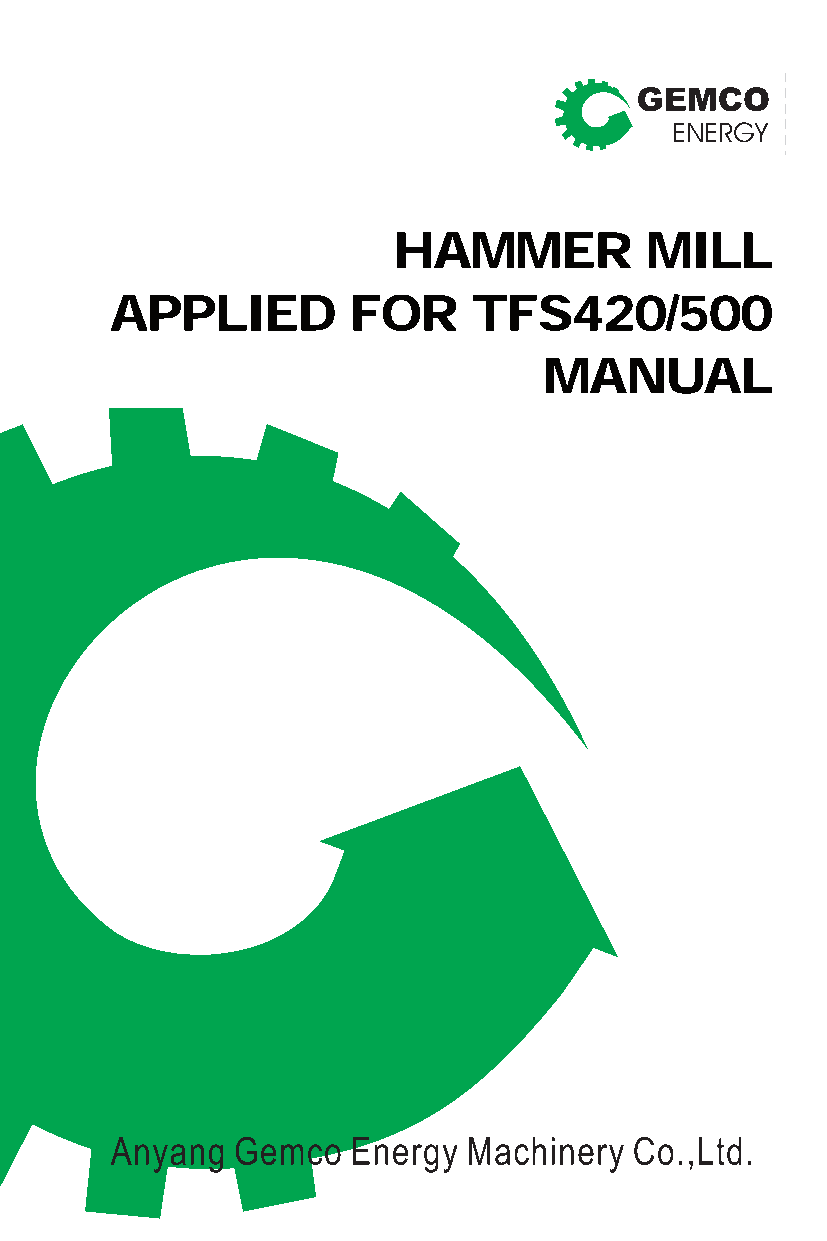
HAMMER           MILL
 APPLIED         FOR     TFS420/500
 MANUAL